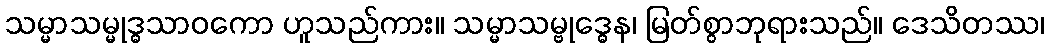
သမ္မာသမ္မုဒ္ဓသာဝကော ဟူသည်ကား။ သမ္မာသမ္ဗုဒ္ဓေန၊ မြတ်စွာဘုရားသည်။ ဒေသိတဿ၊